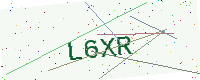
Text: L6XR